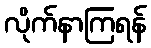
လိုက်နာကြရန်